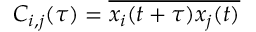
C _ { i , j } ( \tau ) = \overline { { x _ { i } ( t + \tau ) x _ { j } ( t ) } }